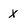
Character: x